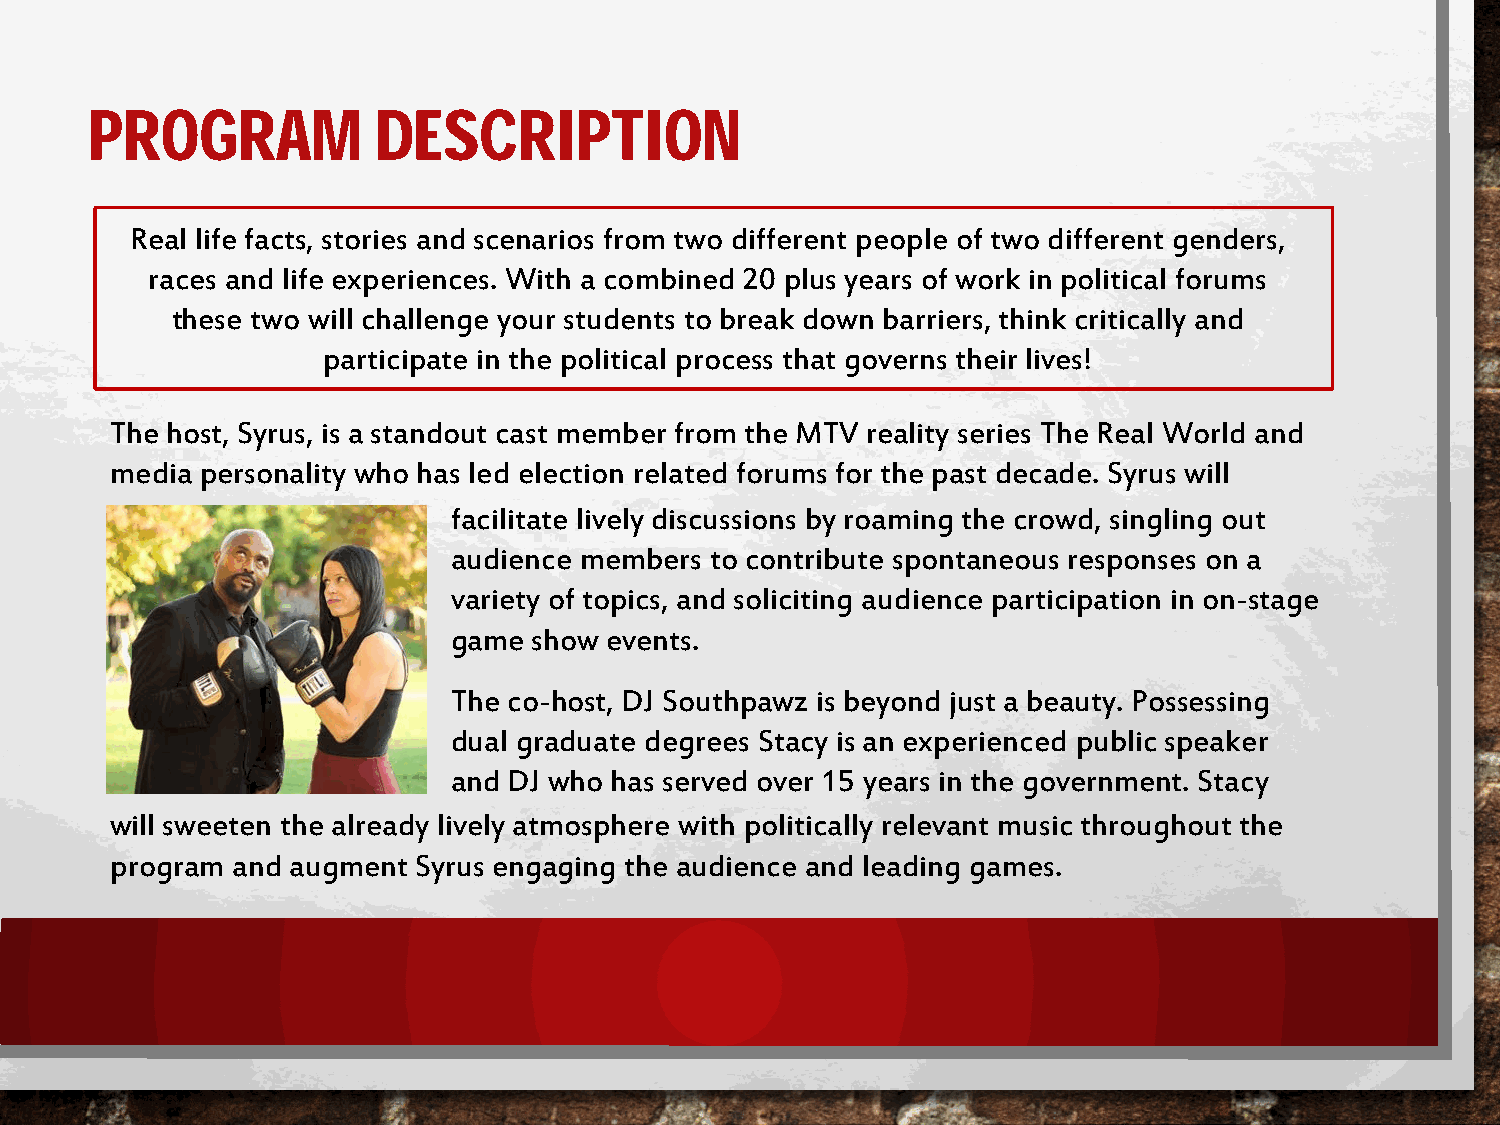
PROGRAM            DESCRIPTION
 Real life facts, stories and scenarios from two different people of two different genders,
 races and life experiences. With a combined 20 plus years of work in political forums
 these two will challenge your students to break down barriers, think critically and
 participate in the political process that governs their lives!
 The host, Syrus, is a standout cast member from the MTV reality series The Real World and
 media personality who has led election related forums for the past decade. Syrus will
 facilitate lively discussions by roaming the crowd, singling out
 audience members to contribute spontaneous responses on a
 variety of topics, and soliciting audience participation in on-stage
 game show events.
 The co-host, DJ Southpawz is beyond just a beauty. Possessing
 dual graduate degrees Stacy is an experienced public speaker
 and DJ who has served over 15 years in the government. Stacy
 will sweeten the already lively atmosphere with politically relevant music throughout the
 program and augment  Syrus engaging the audience and leading games.